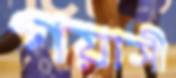
গয়াসী